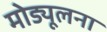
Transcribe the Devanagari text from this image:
मोड्यूलना